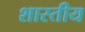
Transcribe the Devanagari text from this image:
शास्तीय